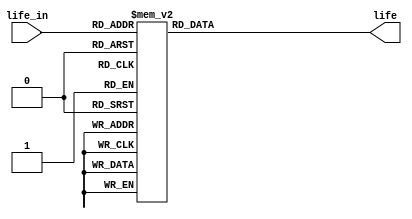
`timescale 1ns / 1ps
//////////////////////////////////////////////////////////////////////////////////
// Company: 
// Engineer: 
// 
// Design Name: 
// Module Name: life_desplay
// Project Name: 
// Target Devices: 
// Tool Versions: 
// Description: 
// 
// Dependencies: 
// 
// Revision:
// Revision 0.01 - File Created
// Additional Comments:
// 
//////////////////////////////////////////////////////////////////////////////////


module life_desplay(life_in, life);
    input [4:0] life_in;
    output [15:0] life;
    
    reg [15:0] life;
    
    always @* begin
        case(life_in)
            5'd16: life = 16'b1111_1111_1111_1111;
            5'd15: life = 16'b0111_1111_1111_1111;
            5'd14: life = 16'b0011_1111_1111_1111;
            5'd13: life = 16'b0001_1111_1111_1111;
            5'd12: life = 16'b0000_1111_1111_1111;
            5'd11: life = 16'b0000_0111_1111_1111;
            5'd10: life = 16'b0000_0011_1111_1111;
            5'd9: life = 16'b0000_0001_1111_1111;
            5'd8: life = 16'b0000_0000_1111_1111;
            5'd7: life = 16'b0000_0000_0111_1111;
            5'd6: life = 16'b0000_0000_0011_1111;
            5'd5: life = 16'b0000_0000_0001_1111;
            5'd4: life = 16'b0000_0000_0000_1111;
            5'd3: life = 16'b0000_0000_0000_0111;
            5'd2: life = 16'b0000_0000_0000_0011;
            5'd1: life = 16'b0000_0000_0000_0001;
            5'd0: life = 16'b0000_0000_0000_0000;
            default: life = 16'b0000_0000_0000_0000;
        endcase
    end
endmodule